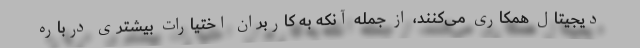
دیجیتال همکاری می‌کنند، از جمله آنکه به کاربران اختیارات بیشتری درباره